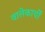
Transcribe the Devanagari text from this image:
वालेकार्यों